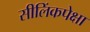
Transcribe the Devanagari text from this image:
सीलिंकपेक्षा